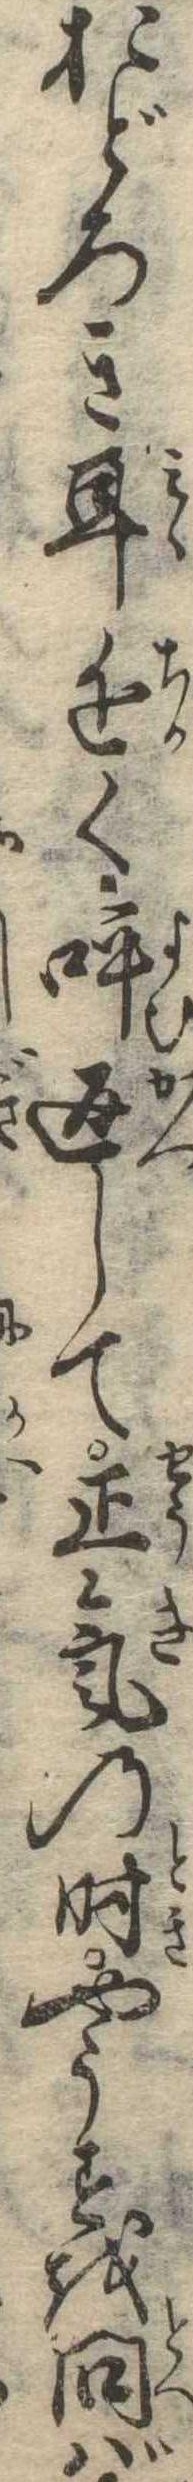
おどろき耳近く呼返して正気の時やうすを問ば